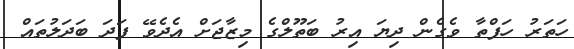
ހަތަރު ހަފްތާ ވެގެން ދިޔަ އިރު ބަތޫލްގެ މިޒާޖަށް އެދެވޭ ފަދަ ބަދަލުތައް